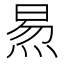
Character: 𬊙